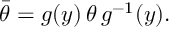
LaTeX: \bar { \theta } = g ( y ) \, \theta \, g ^ { - 1 } ( y ) .